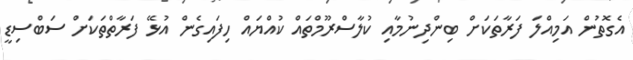
އެގޮތުން އަމިއްލަ ފަރާތަކަށް ބިންދިނުމާއި ކުލާސްރޫމްތައް ކުއްޔައް ހިފައިގެން އުޅޭ ފަރާތްތަކަށް ސަބްސިޑީ